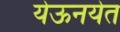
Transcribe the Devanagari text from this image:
येऊनयेत